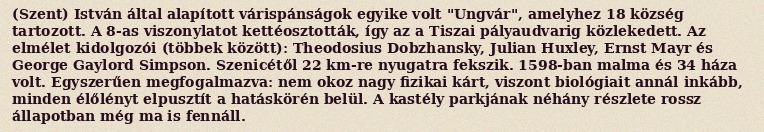
(Szent) István által alapított várispánságok egyike volt "Ungvár", amelyhez 18 község tartozott. A 8-as viszonylatot kettéosztották, így az a Tiszai pályaudvarig közlekedett. Az elmélet kidolgozói (többek között): Theodosius Dobzhansky, Julian Huxley, Ernst Mayr és George Gaylord Simpson. Szenicétől 22 km-re nyugatra fekszik. 1598-ban malma és 34 háza volt. Egyszerűen megfogalmazva: nem okoz nagy fizikai kárt, viszont biológiait annál inkább, minden élőlényt elpusztít a hatáskörén belül. A kastély parkjának néhány részlete rossz állapotban még ma is fennáll.